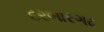
દરબારગઢ